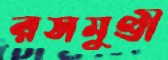
রসমুণ্ডী